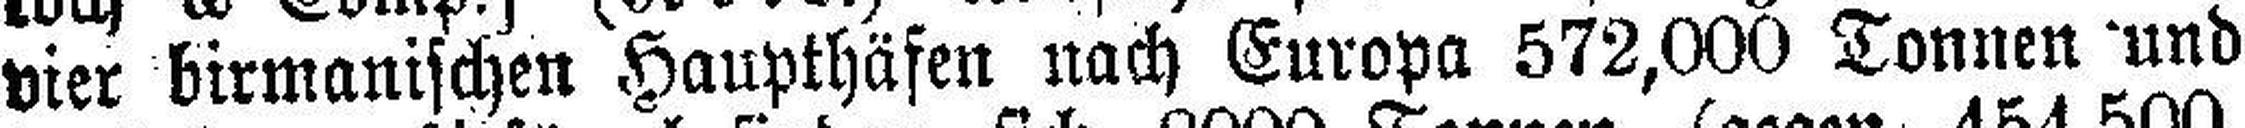
vier birmanischen Haupthäfen nach Europa 572,000 Tonnen und